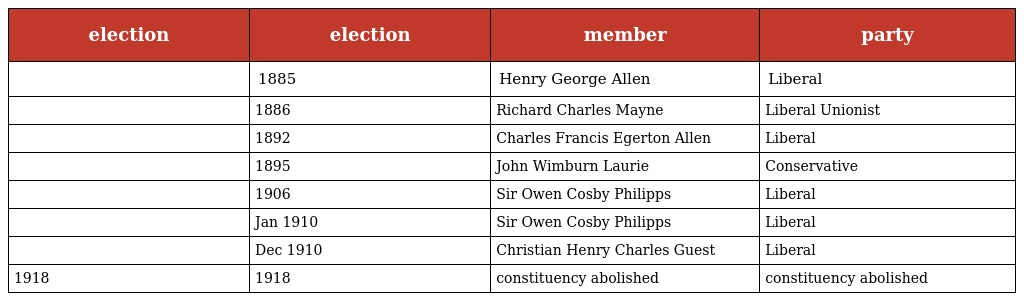
| election | election | member | party |
 | --- | --- | --- | --- |
 |  | 1885 | Henry George Allen | Liberal |
 |  | 1886 | Richard Charles Mayne | Liberal Unionist |
 |  | 1892 | Charles Francis Egerton Allen | Liberal |
 |  | 1895 | John Wimburn Laurie | Conservative |
 |  | 1906 | Sir Owen Cosby Philipps | Liberal |
 |  | Jan 1910 | Sir Owen Cosby Philipps | Liberal |
 |  | Dec 1910 | Christian Henry Charles Guest | Liberal |
 | 1918 | 1918 | constituency abolished | constituency abolished |